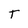
Character: T